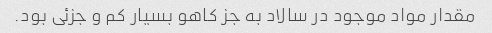
مقدار مواد موجود در سالاد به جز کاهو بسیار کم و جزئی بود.